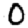
Digit: 0